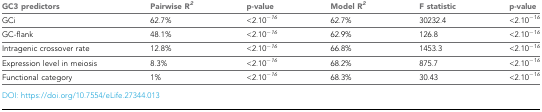
| GC3 predictors | Pairwise R2 | p-value | Model R2 | F statistic | p-value |
 | --- | --- | --- | --- | --- | --- |
 | GCi | 62.7% | <2.10−16 | 62.7% | 30232.4 | <2.10−16 |
 | GC-flank | 48.1% | <2.10−16 | 62.9% | 126.8 | <2.10−16 |
 | Intragenic crossover rate | 12.8% | <2.10−16 | 66.8% | 1453.3 | <2.10−16 |
 | Expression level in meiosis | 8.3% | <2.10−16 | 68.2% | 875.7 | <2.10−16 |
 | Functional category | 1% | <2.10−16 | 68.3% | 30.43 | <2.10−16 |